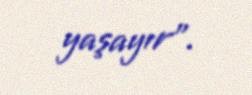
yaşayır".